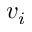
v _ { i }